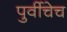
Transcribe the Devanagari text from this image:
पुर्वीचेच